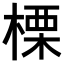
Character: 𣗖